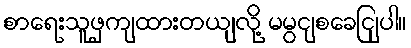
စာရေးသူဖှကျထားတယျလို့ မမွငျစခေငြျပါ။